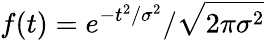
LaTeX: f(t)=e^{-t^{2}/\sigma^{2}}/\sqrt{2\pi\sigma^{2}}